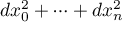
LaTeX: d x _ { 0 } ^ { 2 } + \dots + d x _ { n } ^ { 2 }